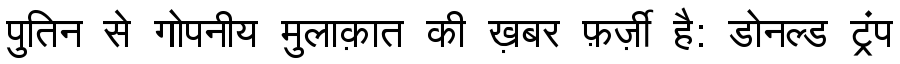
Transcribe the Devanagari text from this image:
पुतिन से गोपनीय मुलाक़ात की ख़बर फ़र्ज़ी है: डोनल्ड ट्रंप